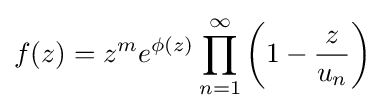
f(z)=z^{m}e^{\phi (z)}\prod _{n=1}^{\infty }\left(1-{\frac {z}{u_{n}}}\right)